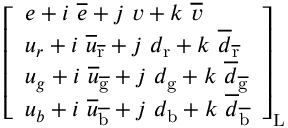
{ \left[ \begin{array} { l } { e + i \ { \overline { { e } } } + j \ v + k \ { \overline { { v } } } } \\ { u _ { r } + i \ { \overline { { u } } } _ { \mathrm { \overline { { r } } } } + j \ d _ { \mathrm { r } } + k \ { \overline { { d } } } _ { \mathrm { \overline { { r } } } } } \\ { u _ { g } + i \ { \overline { { u } } } _ { \mathrm { \overline { { g } } } } + j \ d _ { \mathrm { g } } + k \ { \overline { { d } } } _ { \mathrm { \overline { { g } } } } } \\ { u _ { b } + i \ { \overline { { u } } } _ { \mathrm { \overline { { b } } } } + j \ d _ { \mathrm { b } } + k \ { \overline { { d } } } _ { \mathrm { \overline { { b } } } } } \end{array} \right] } _ { \mathrm { L } }